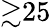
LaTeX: {\gtrsim}25